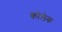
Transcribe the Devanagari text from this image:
कोलेक